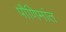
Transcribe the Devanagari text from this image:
पौणिमांत